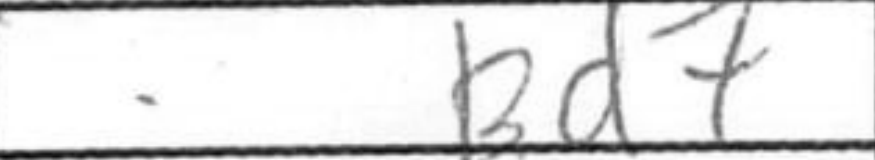
Transcription: Bd7